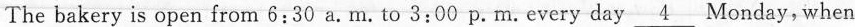
The bakery is open from 6:30 a.M.To 3:00 p.M.Every day \underline{4} Monday,when